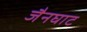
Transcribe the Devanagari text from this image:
जैनघाट